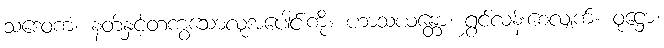
သဒေဝကံ၊ နတ်နှင့်တကွသောလူအပေါင်းကို။ ဟာသယန္တော၊ ရွှင်လန်းစေလျက်။ ဝုဋ္ဌော၊